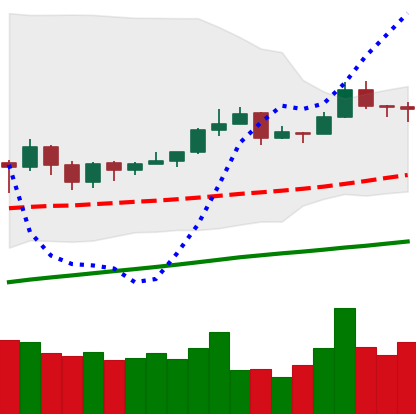
Ticker: EOS-USD
Chart end date: 2019-06-25
Forward return: -19.946%
Label: down_7plus